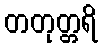
တတုတ္တရိ